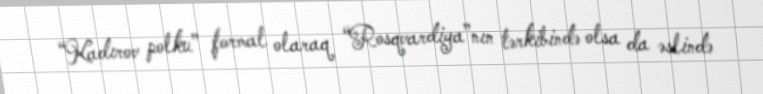
“Kadırov polku” formal olaraq “Rosqvardiya”nın tərkibində olsa da əslində